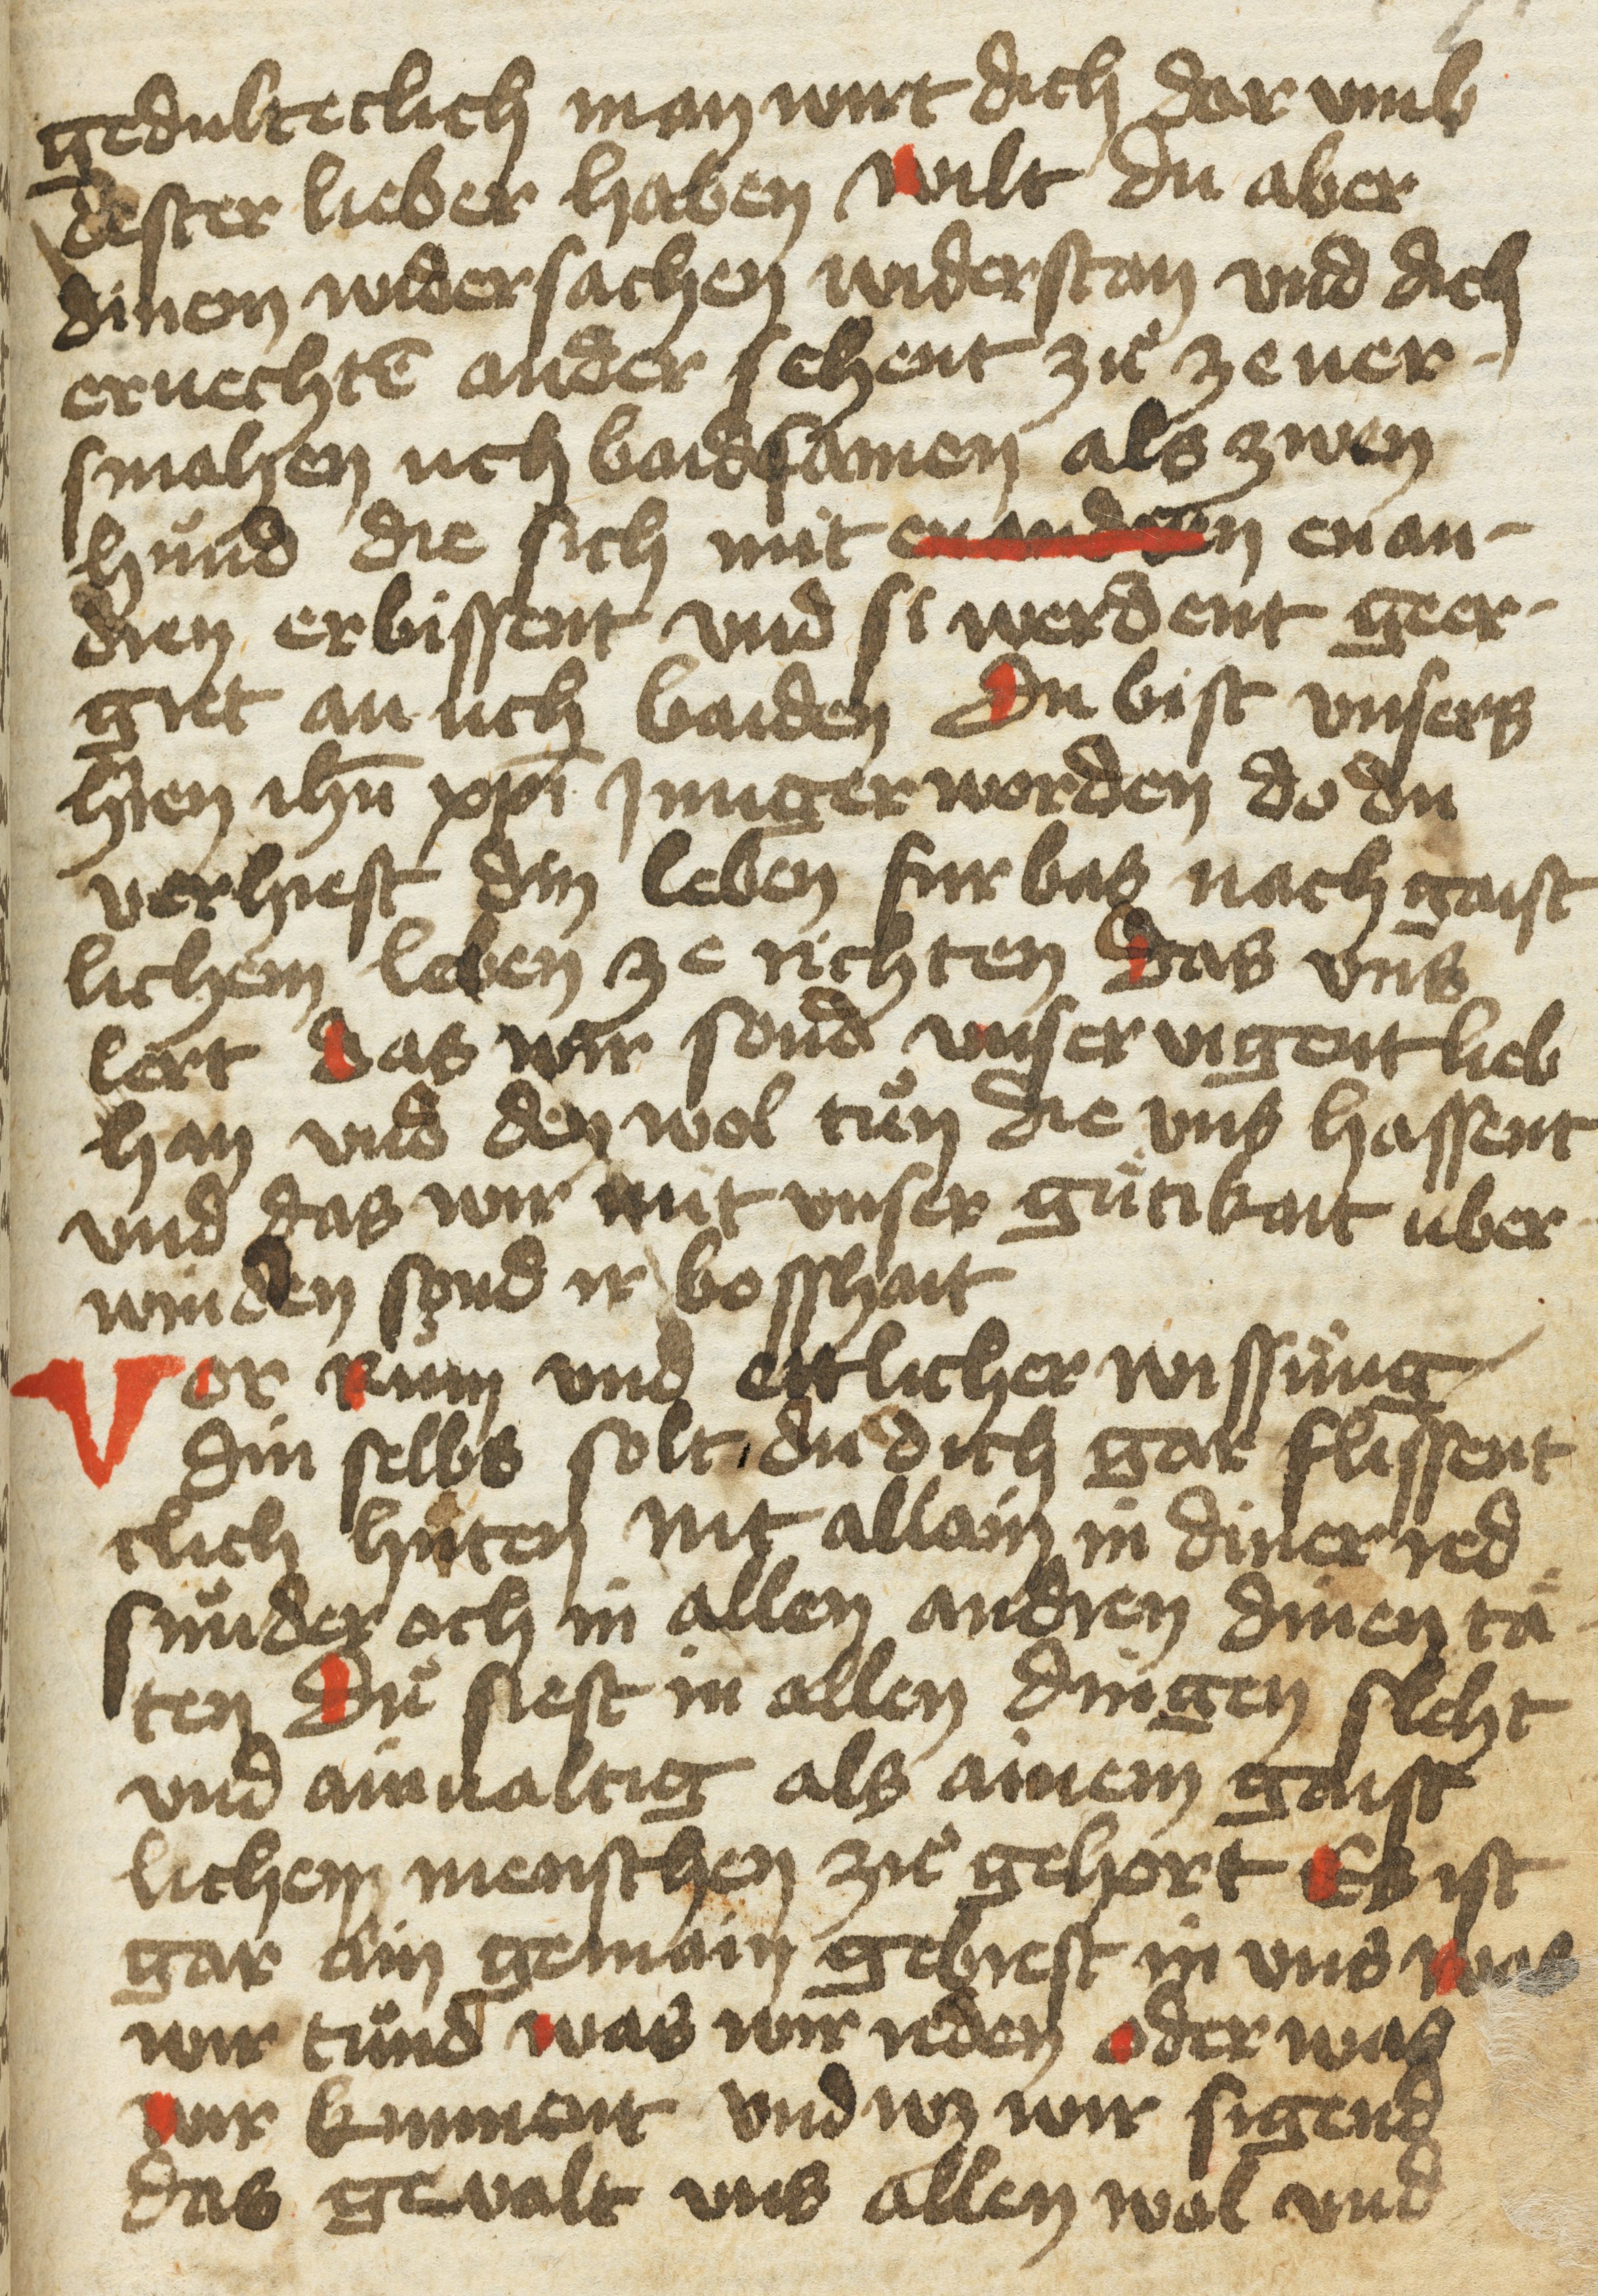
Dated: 1400–1499